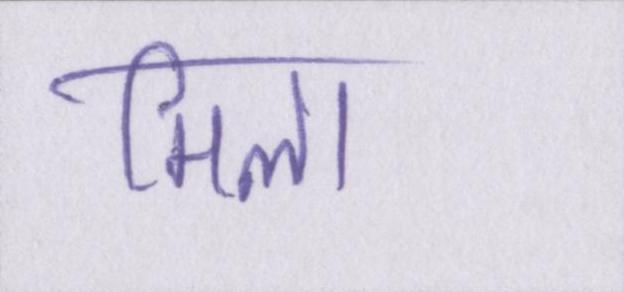
मिला